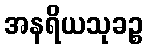
အနရိယသုခဉ္စ